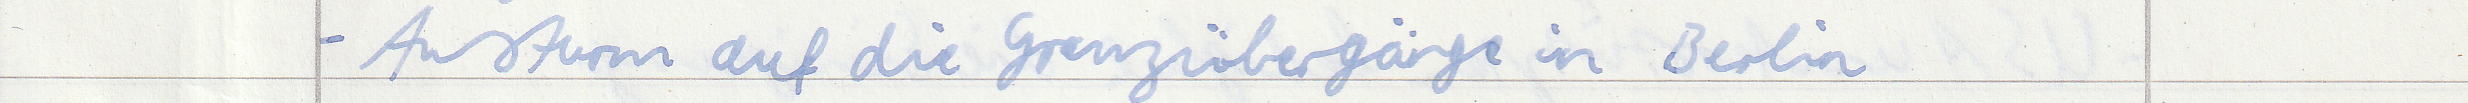
- Ansturm auf die Grenzübergänge in Berlin